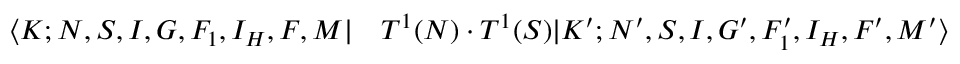
\begin{array} { r l } { \langle K ; N , S , I , G , F _ { 1 } , I _ { H } , F , M | } & { { } T ^ { 1 } ( N ) \cdot T ^ { 1 } ( S ) | K ^ { \prime } ; N ^ { \prime } , S , I , G ^ { \prime } , F _ { 1 } ^ { \prime } , I _ { H } , F ^ { \prime } , M ^ { \prime } \rangle } \end{array}